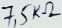
Text: 7,5K